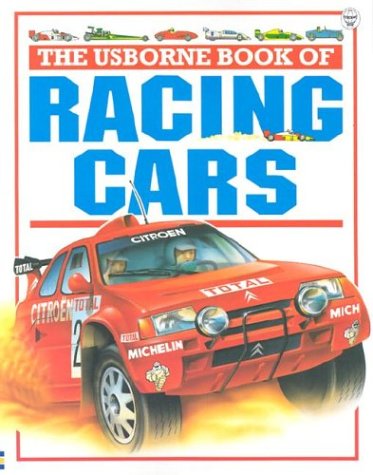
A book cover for The Usborne Book of Racing Cars (Young Machines Series); Clive Gifford; Children's Books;